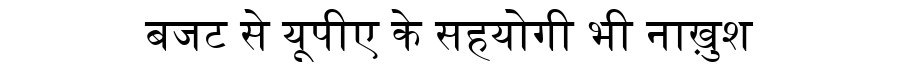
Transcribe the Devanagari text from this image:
बजट से यूपीए के सहयोगी भी नाख़ुश